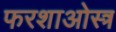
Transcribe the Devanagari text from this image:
फरशाओस्त्र